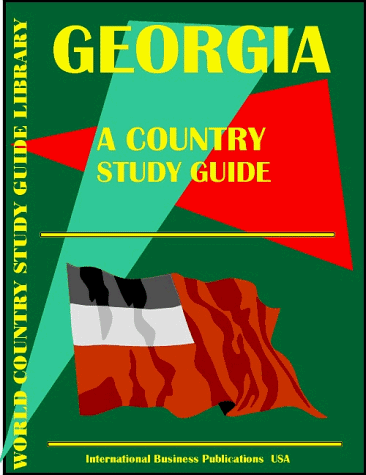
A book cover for Georgia Republic Country Study Guide; Ibp Usa; Travel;